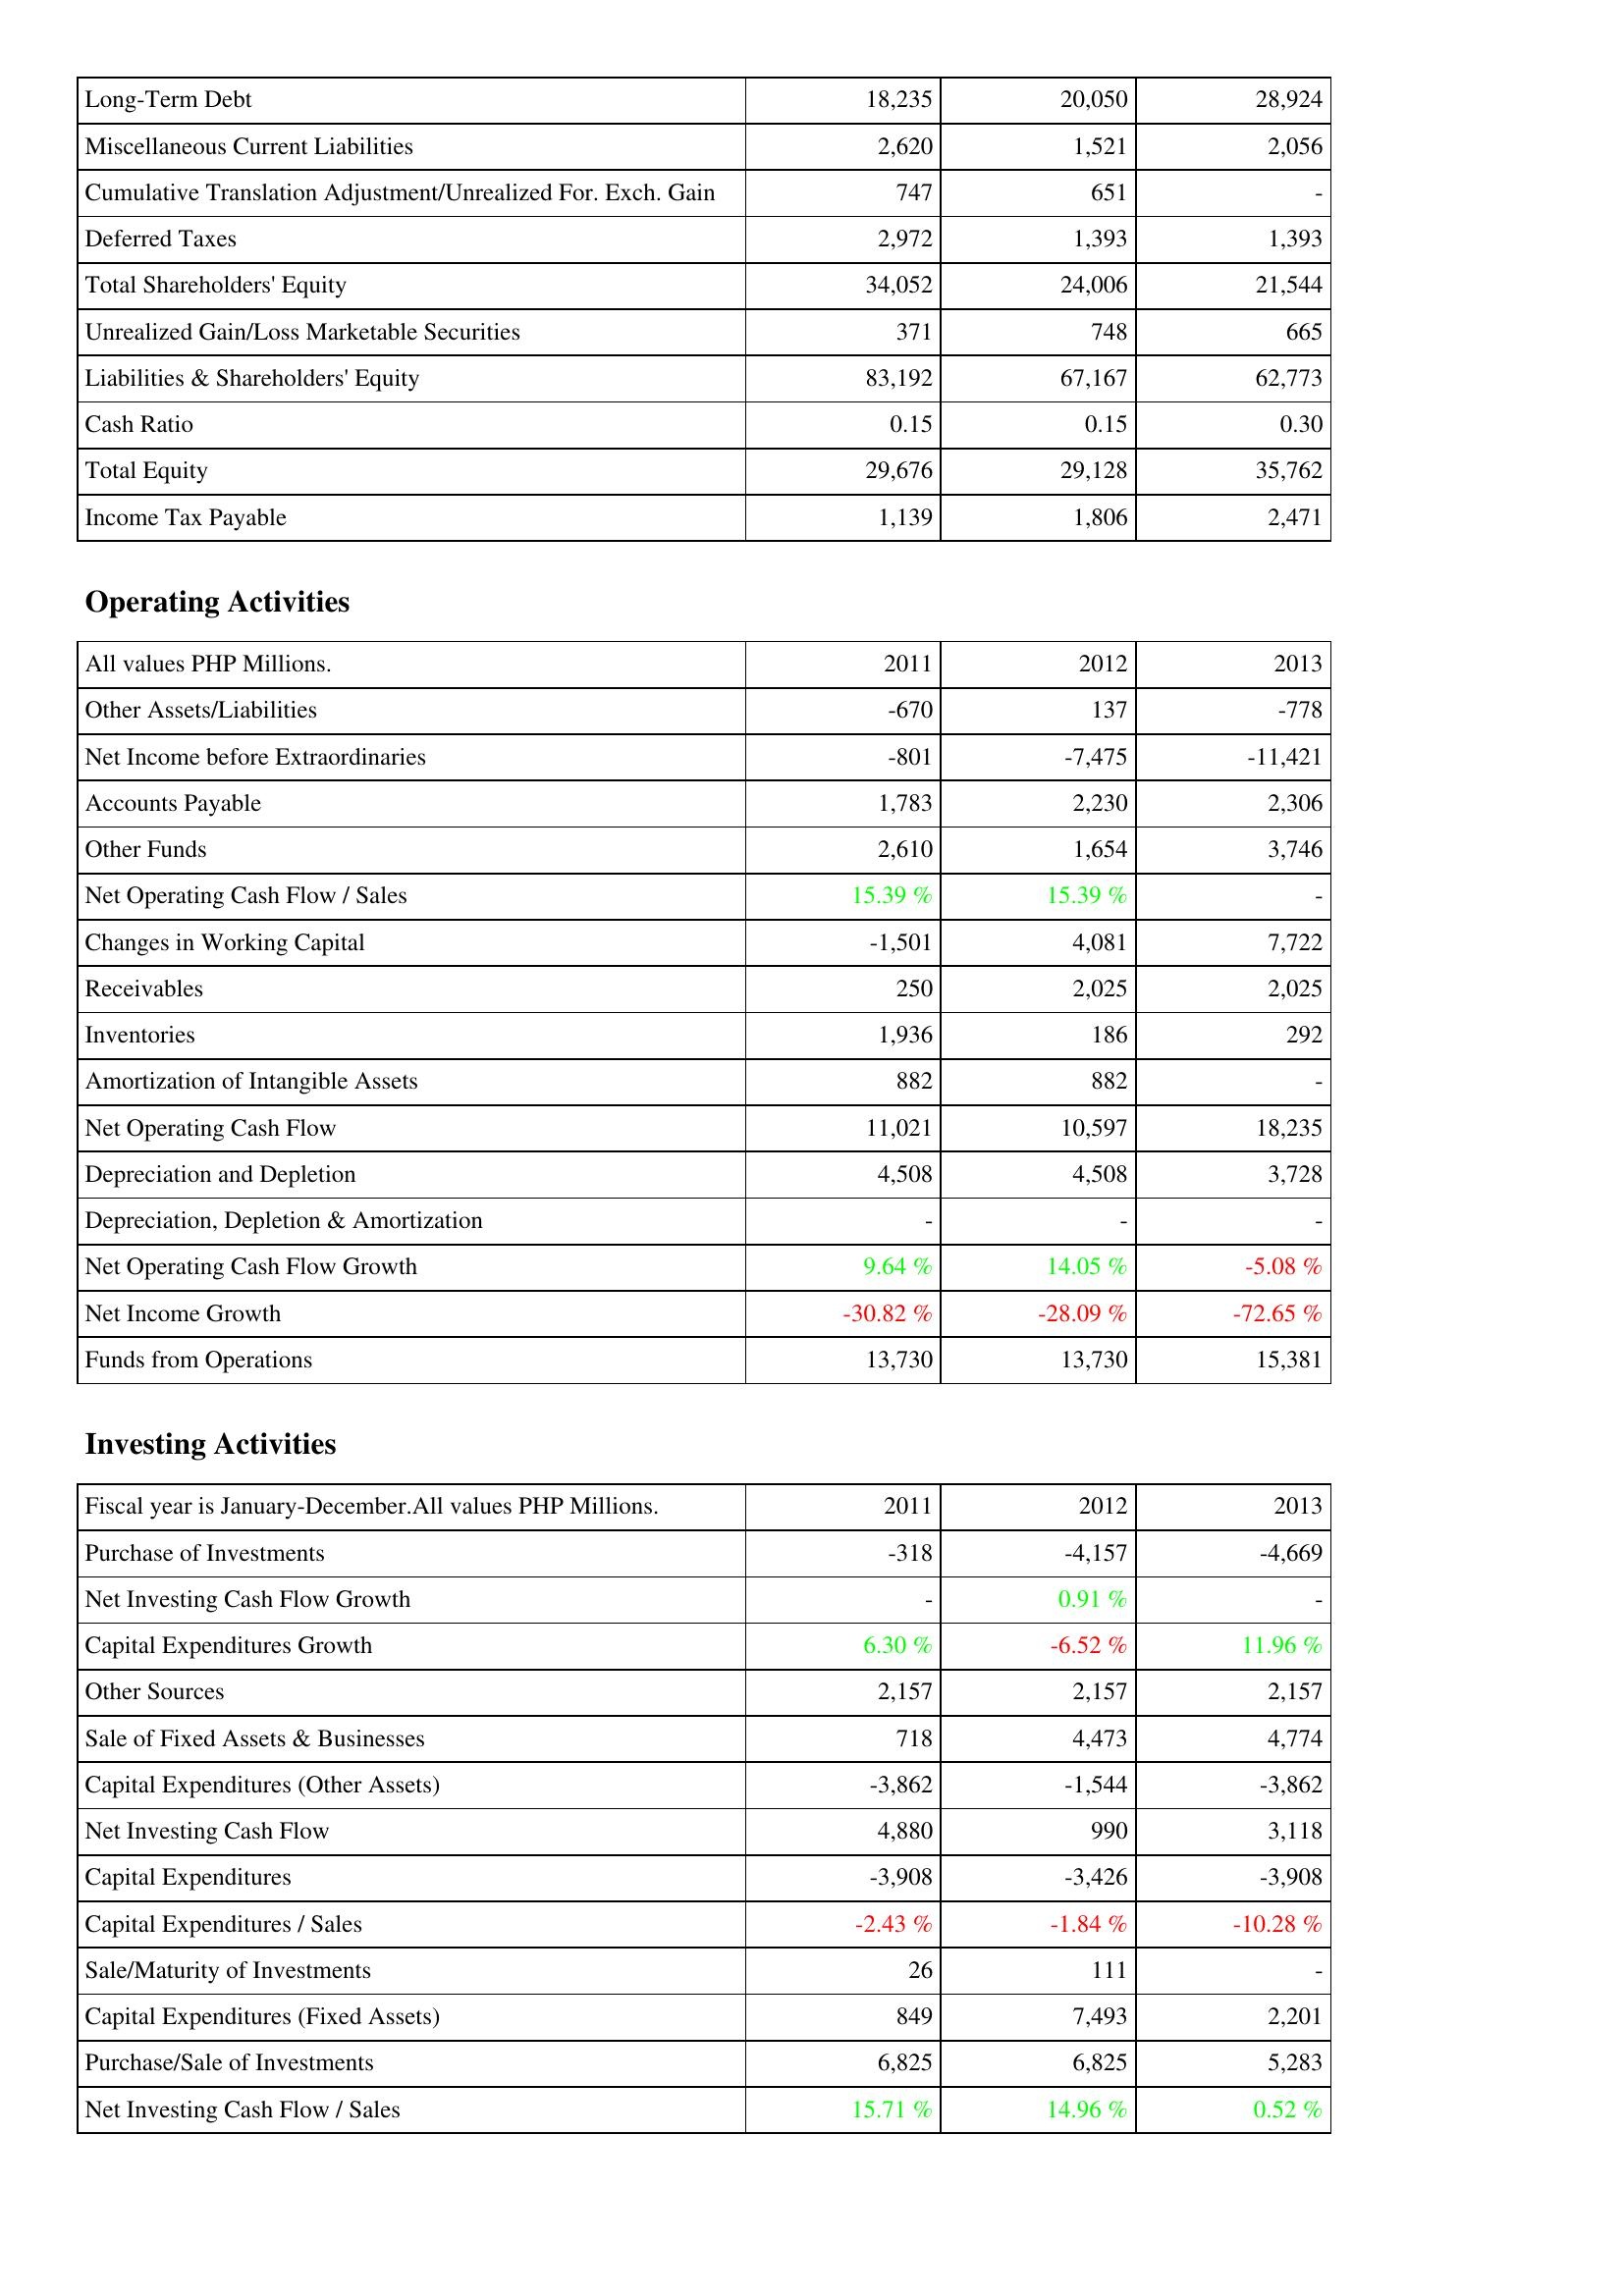
2011: Liabilities & Shareholders' Equity: Long-Term Debt: 18,235
Miscellaneous Current Liabilities: 2,620
Cumulative Translation Adjustment/Unrealized For. Exch. Gain: 747
Deferred Taxes: 2,972
Total Shareholders' Equity: 34,052
Unrealized Gain/Loss Marketable Securities: 371
Liabilities & Shareholders' Equity: 83,192
Cash Ratio: 0.15
Total Equity: 29,676
Income Tax Payable: 1,139
Operating Activities: Other Assets/Liabilities: -670
Net Income before Extraordinaries: -801
Accounts Payable: 1,783
Other Funds: 2,610
Net Operating Cash Flow / Sales: 15.39 %
Changes in Working Capital: -1,501
Receivables: 250
Inventories: 1,936
Amortization of Intangible Assets: 882
Net Operating Cash Flow: 11,021
Depreciation and Depletion: 4,508
Depreciation, Depletion & Amortization: -
Net Operating Cash Flow Growth: 9.64 %
Net Income Growth: -30.82 %
Funds from Operations: 13,730
Investing Activities: Purchase of Investments: -318
Net Investing Cash Flow Growth: -
Capital Expenditures Growth: 6.30 %
Other Sources: 2,157
Sale of Fixed Assets & Businesses: 718
Capital Expenditures (Other Assets): -3,862
Net Investing Cash Flow: 4,880
Capital Expenditures: -3,908
Capital Expenditures / Sales: -2.43 %
Sale/Maturity of Investments: 26
Capital Expenditures (Fixed Assets): 849
Purchase/Sale of Investments: 6,825
Net Investing Cash Flow / Sales: 15.71 %
2012: Liabilities & Shareholders' Equity: Long-Term Debt: 20,050
Miscellaneous Current Liabilities: 1,521
Cumulative Translation Adjustment/Unrealized For. Exch. Gain: 651
Deferred Taxes: 1,393
Total Shareholders' Equity: 24,006
Unrealized Gain/Loss Marketable Securities: 748
Liabilities & Shareholders' Equity: 67,167
Cash Ratio: 0.15
Total Equity: 29,128
Income Tax Payable: 1,806
Operating Activities: Other Assets/Liabilities: 137
Net Income before Extraordinaries: -7,475
Accounts Payable: 2,230
Other Funds: 1,654
Net Operating Cash Flow / Sales: 15.39 %
Changes in Working Capital: 4,081
Receivables: 2,025
Inventories: 186
Amortization of Intangible Assets: 882
Net Operating Cash Flow: 10,597
Depreciation and Depletion: 4,508
Depreciation, Depletion & Amortization: -
Net Operating Cash Flow Growth: 14.05 %
Net Income Growth: -28.09 %
Funds from Operations: 13,730
Investing Activities: Purchase of Investments: -4,157
Net Investing Cash Flow Growth: 0.91 %
Capital Expenditures Growth: -6.52 %
Other Sources: 2,157
Sale of Fixed Assets & Businesses: 4,473
Capital Expenditures (Other Assets): -1,544
Net Investing Cash Flow: 990
Capital Expenditures: -3,426
Capital Expenditures / Sales: -1.84 %
Sale/Maturity of Investments: 111
Capital Expenditures (Fixed Assets): 7,493
Purchase/Sale of Investments: 6,825
Net Investing Cash Flow / Sales: 14.96 %
2013: Liabilities & Shareholders' Equity: Long-Term Debt: 28,924
Miscellaneous Current Liabilities: 2,056
Cumulative Translation Adjustment/Unrealized For. Exch. Gain: -
Deferred Taxes: 1,393
Total Shareholders' Equity: 21,544
Unrealized Gain/Loss Marketable Securities: 665
Liabilities & Shareholders' Equity: 62,773
Cash Ratio: 0.30
Total Equity: 35,762
Income Tax Payable: 2,471
Operating Activities: Other Assets/Liabilities: -778
Net Income before Extraordinaries: -11,421
Accounts Payable: 2,306
Other Funds: 3,746
Net Operating Cash Flow / Sales: -
Changes in Working Capital: 7,722
Receivables: 2,025
Inventories: 292
Amortization of Intangible Assets: -
Net Operating Cash Flow: 18,235
Depreciation and Depletion: 3,728
Depreciation, Depletion & Amortization: -
Net Operating Cash Flow Growth: -5.08 %
Net Income Growth: -72.65 %
Funds from Operations: 15,381
Investing Activities: Purchase of Investments: -4,669
Net Investing Cash Flow Growth: -
Capital Expenditures Growth: 11.96 %
Other Sources: 2,157
Sale of Fixed Assets & Businesses: 4,774
Capital Expenditures (Other Assets): -3,862
Net Investing Cash Flow: 3,118
Capital Expenditures: -3,908
Capital Expenditures / Sales: -10.28 %
Sale/Maturity of Investments: -
Capital Expenditures (Fixed Assets): 2,201
Purchase/Sale of Investments: 5,283
Net Investing Cash Flow / Sales: 0.52 %